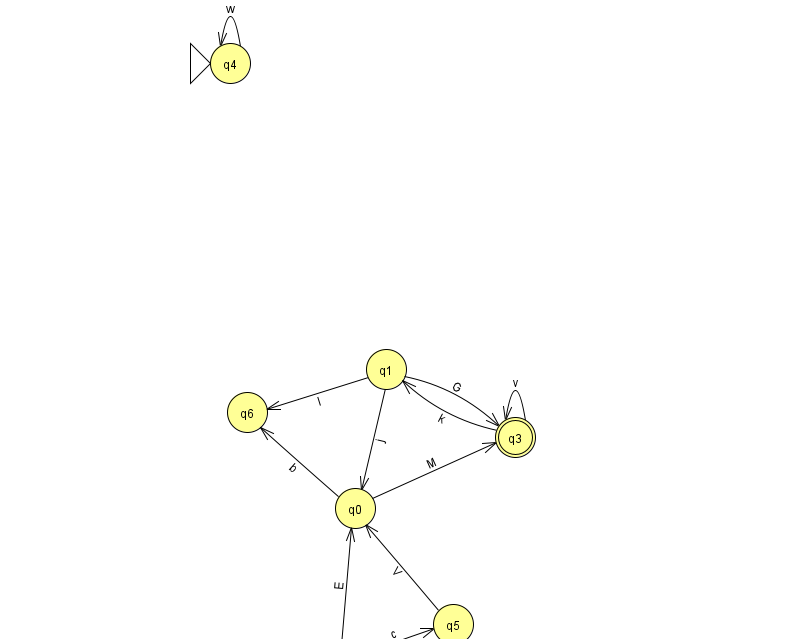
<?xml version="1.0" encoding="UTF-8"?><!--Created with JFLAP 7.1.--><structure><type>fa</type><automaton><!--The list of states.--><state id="0" name="q0"><x>355.0</x><y>495.0</y></state><state id="1" name="q1"><x>386.0</x><y>356.0</y></state><state id="2" name="q2"><x>341.0</x><y>651.0</y></state><state id="3" name="q3"><x>515.0</x><y>424.0</y><final/></state><state id="4" name="q4"><x>230.0</x><y>50.0</y><initial/></state><state id="5" name="q5"><x>453.0</x><y>611.0</y></state><state id="6" name="q6"><x>247.0</x><y>399.0</y></state><!--The list of transitions.--><transition><from>1</from><to>0</to><read>j</read></transition><transition><from>2</from><to>5</to><read>c</read></transition><transition><from>0</from><to>3</to><read>M</read></transition><transition><from>1</from><to>3</to><read>G</read></transition><transition><from>3</from><to>3</to><read>v</read></transition><transition><from>4</from><to>4</to><read>w</read></transition><transition><from>2</from><to>0</to><read>E</read></transition><transition><from>1</from><to>6</to><read>I</read></transition><transition><from>3</from><to>1</to><read>k</read></transition><transition><from>5</from><to>0</to><read>V</read></transition><transition><from>0</from><to>6</to><read>b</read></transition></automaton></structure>